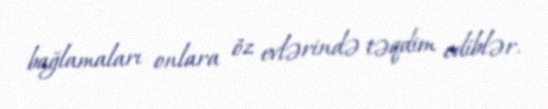
bağlamaları onlara öz evlərində təqdim ediblər.